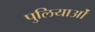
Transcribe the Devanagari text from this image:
पुलियाओं